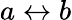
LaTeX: a\leftrightarrow b